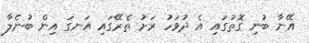
އޭނާ ބުނި ގޮތުގައި އެ ދުވަހު ރަށު ތެރޭގައި އަނގަ އިން ބުނެލާ